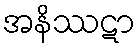
အနိဿဋာ